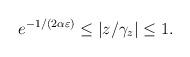
LaTeX: \begin{align*} e^{-1/(2\alpha\varepsilon)}\le |{z}/{\gamma_z}|\le 1. \end{align*}